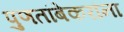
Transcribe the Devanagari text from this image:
पुणतांबेकरांना